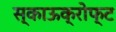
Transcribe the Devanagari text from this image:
स्काऊक्रोफ्ट